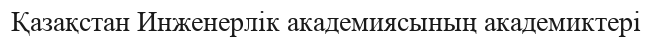
Қазақстан Инженерлік академиясының академиктері